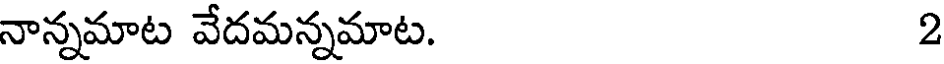
నాన్నమాట వేదమన్నమాట. 2